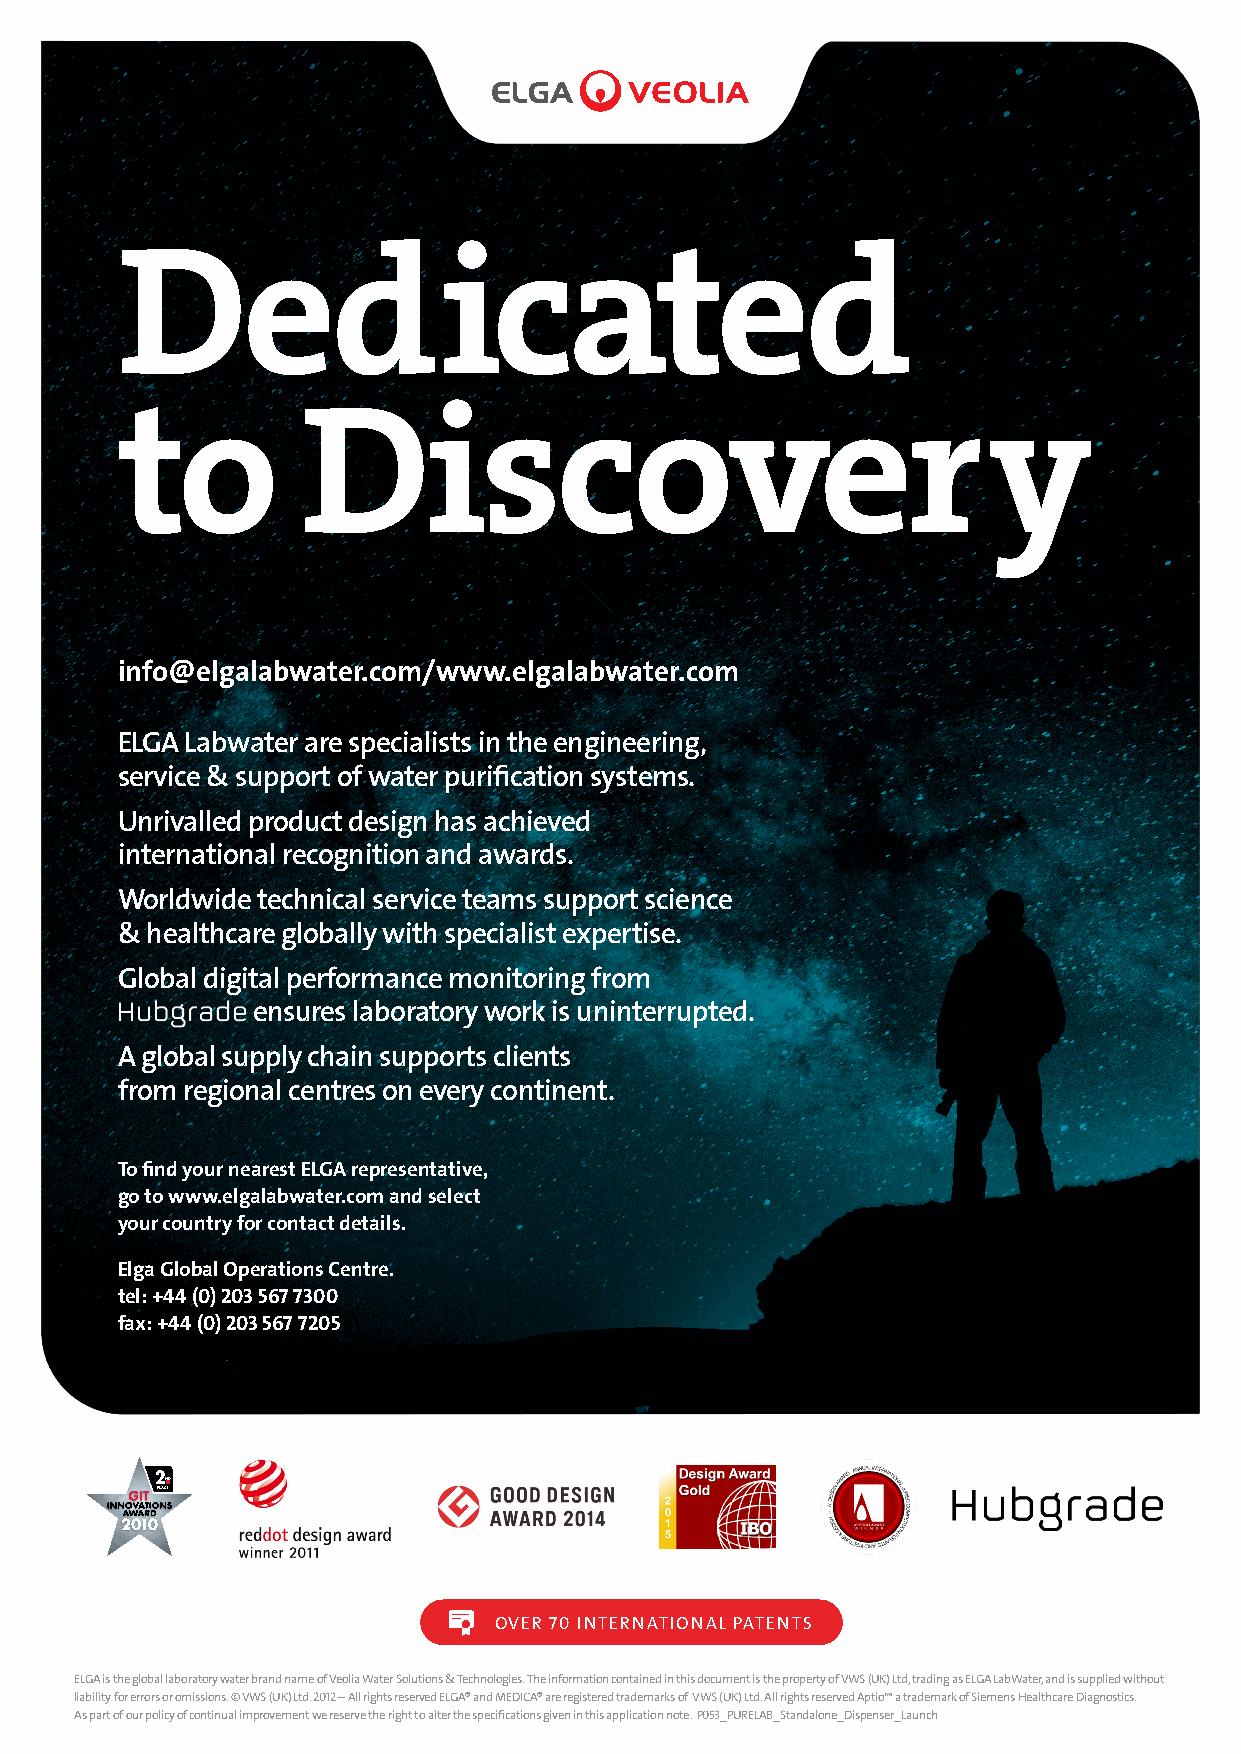
Dedicated
 to          Discovery
 info@elgalabwater.com/www.elgalabwater.com
 ELGA Labwater are specialists in the engineering,
 service & support of water purification systems.
 Unrivalled product design has achieved
 international recognition and awards.
 Worldwide technical service teams support science
 & healthcare globally with specialist expertise.
 Global digital performance monitoring from
 ensures laboratory work is uninterrupted.
 A global supply chain supports clients
 from regional centres on every continent.
 To find your nearest ELGA representative,
 go to www.elgalabwater.com and select
 your country for contact details.
 Elga Global Operations Centre.
 tel: +44 (0) 203 567 7300
 fax: +44 (0) 203 567 7205
 OVER 70 INTERNATIONAL PATENTS
 ELGA is the global laboratory water brand name of Veolia Water Solutions & Technologies. The information contained in this document is the property of VWS (UK) Ltd, trading as ELGA LabWater, and is supplied without
 liability for errors or omissions. © VWS (UK) Ltd. 2012 – All rights reserved ELGA® and MEDICA® are registered trademarks of VWS (UK) Ltd. All rights reserved Aptio™ a trademark of Siemens Healthcare Diagnostics.
 As part of our policy of continual improvement we reserve the right to alter the specifications given in this application note. P053_PURELAB_Standalone_Dispenser_Launch